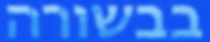
בבשורה